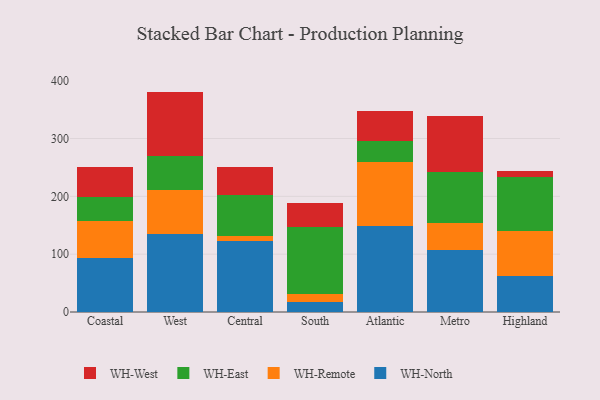
{"axis": {"x": "Region", "y": "Gross Profit (USD K)"}, "legend": ["WH-East", "WH-North", "WH-Remote", "WH-West"], "data": [{"x": "Coastal", "y": 93.8, "type": "WH-North"}, {"x": "Coastal", "y": 63.5, "type": "WH-Remote"}, {"x": "Coastal", "y": 42.4, "type": "WH-East"}, {"x": "Coastal", "y": 50.8, "type": "WH-West"}, {"x": "West", "y": 135.5, "type": "WH-North"}, {"x": "West", "y": 75.2, "type": "WH-Remote"}, {"x": "West", "y": 58.5, "type": "WH-East"}, {"x": "West", "y": 111.9, "type": "WH-West"}, {"x": "Central", "y": 122.8, "type": "WH-North"}, {"x": "Central", "y": 9.0, "type": "WH-Remote"}, {"x": "Central", "y": 70.3, "type": "WH-East"}, {"x": "Central", "y": 48.8, "type": "WH-West"}, {"x": "South", "y": 17.0, "type": "WH-North"}, {"x": "South", "y": 14.0, "type": "WH-Remote"}, {"x": "South", "y": 116.1, "type": "WH-East"}, {"x": "South", "y": 42.1, "type": "WH-West"}, {"x": "Atlantic", "y": 149.4, "type": "WH-North"}, {"x": "Atlantic", "y": 110.6, "type": "WH-Remote"}, {"x": "Atlantic", "y": 35.7, "type": "WH-East"}, {"x": "Atlantic", "y": 51.9, "type": "WH-West"}, {"x": "Metro", "y": 107.9, "type": "WH-North"}, {"x": "Metro", "y": 45.8, "type": "WH-Remote"}, {"x": "Metro", "y": 88.2, "type": "WH-East"}, {"x": "Metro", "y": 96.9, "type": "WH-West"}, {"x": "Highland", "y": 62.4, "type": "WH-North"}, {"x": "Highland", "y": 77.9, "type": "WH-Remote"}, {"x": "Highland", "y": 93.7, "type": "WH-East"}, {"x": "Highland", "y": 9.4, "type": "WH-West"}]}